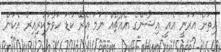
ހިތަށް އަރަނީ އެއީ އިޝާންގެ އެއްޗެއް ނަމަ އެރޭ ކުޑަ ހަވާލުކުރިއިރު އެކަން